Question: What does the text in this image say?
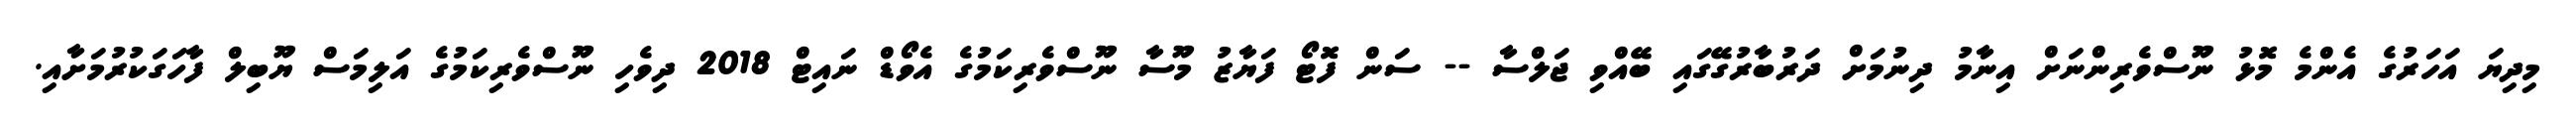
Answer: މިދިޔަ އަހަރުގެ އެންމެ މޮޅު ނޫސްވެރިންނަށް އިނާމު ދިނުމަށް ދަރުބާރުގޭގައި ބޭއްވި ޖަލްސާ -- ސަން ފޮޓޯ ފަޔާޒު މޫސާ ނޫސްވެރިކަމުގެ އެވޯޑް ނައިޓް 2018 ދިވެހި ނޫސްވެރިކަމުގެ އަލިމަސް ޔޫބިލް ފާހަގަކުރުމަށާއި.